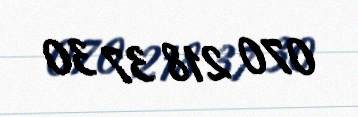
070 218 37 30